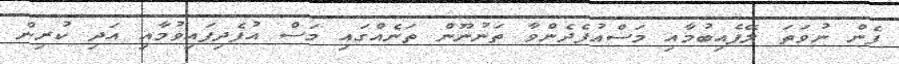
ފެން ނުވަތަ ލޭފެއިބުމާއި މަސްއުފެދެންވާ ތަނުނޫން ތަނެއްގައި މަސް އުފެދިފައިވުމާއި އަދި ކުރިން